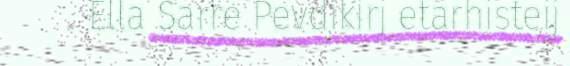
Ella Sarre Pevdikirj etärhisteij